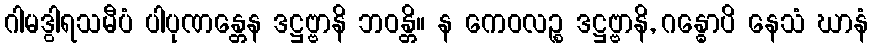
ဂါမဒွါရသမီပံ ပါပုဏန္တေန ဒဋ္ဌဗ္ဗာနိ ဘဝန္တိ။ န ကေဝလဉ္စ ဒဋ္ဌဗ္ဗာနိ, ဂန္ဓောပိ နေသံ ဃာနံ